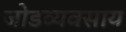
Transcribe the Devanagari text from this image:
जोडव्यवसाय